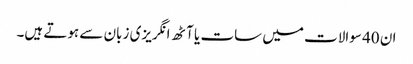
ان 40 سوالات میں سات یا آٹھ انگریزی زبان سے ہوتے ہیں۔